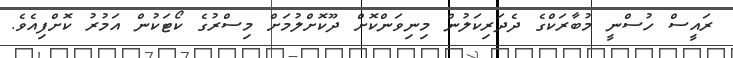
ރައީސް ހުސްނީ މުބާރަކްގެ ދެދަރިކަލުން މިނިވަންކޮށް ދޫކޮށްލުމަށް މިސްރުގެ ކޯޓަކުން އަމުރު ކޮށްފިއެވެ.